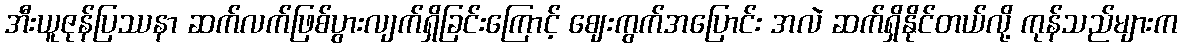
အီးယူဇုန်ပြဿနာ ဆက်လက်ဖြစ်ပွားလျက်ရှိခြင်းကြောင့် ဈေးကွက်အပြောင်း အလဲ ဆက်ရှိနိုင်တယ်လို့ ကုန်သည်များက